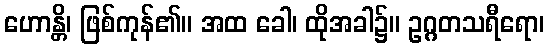
ဟောန္တိ၊ ဖြစ်ကုန်၏။ အထ ခေါ၊ ထိုအခါ၌။ ဥဂ္ဂတသရီရော၊